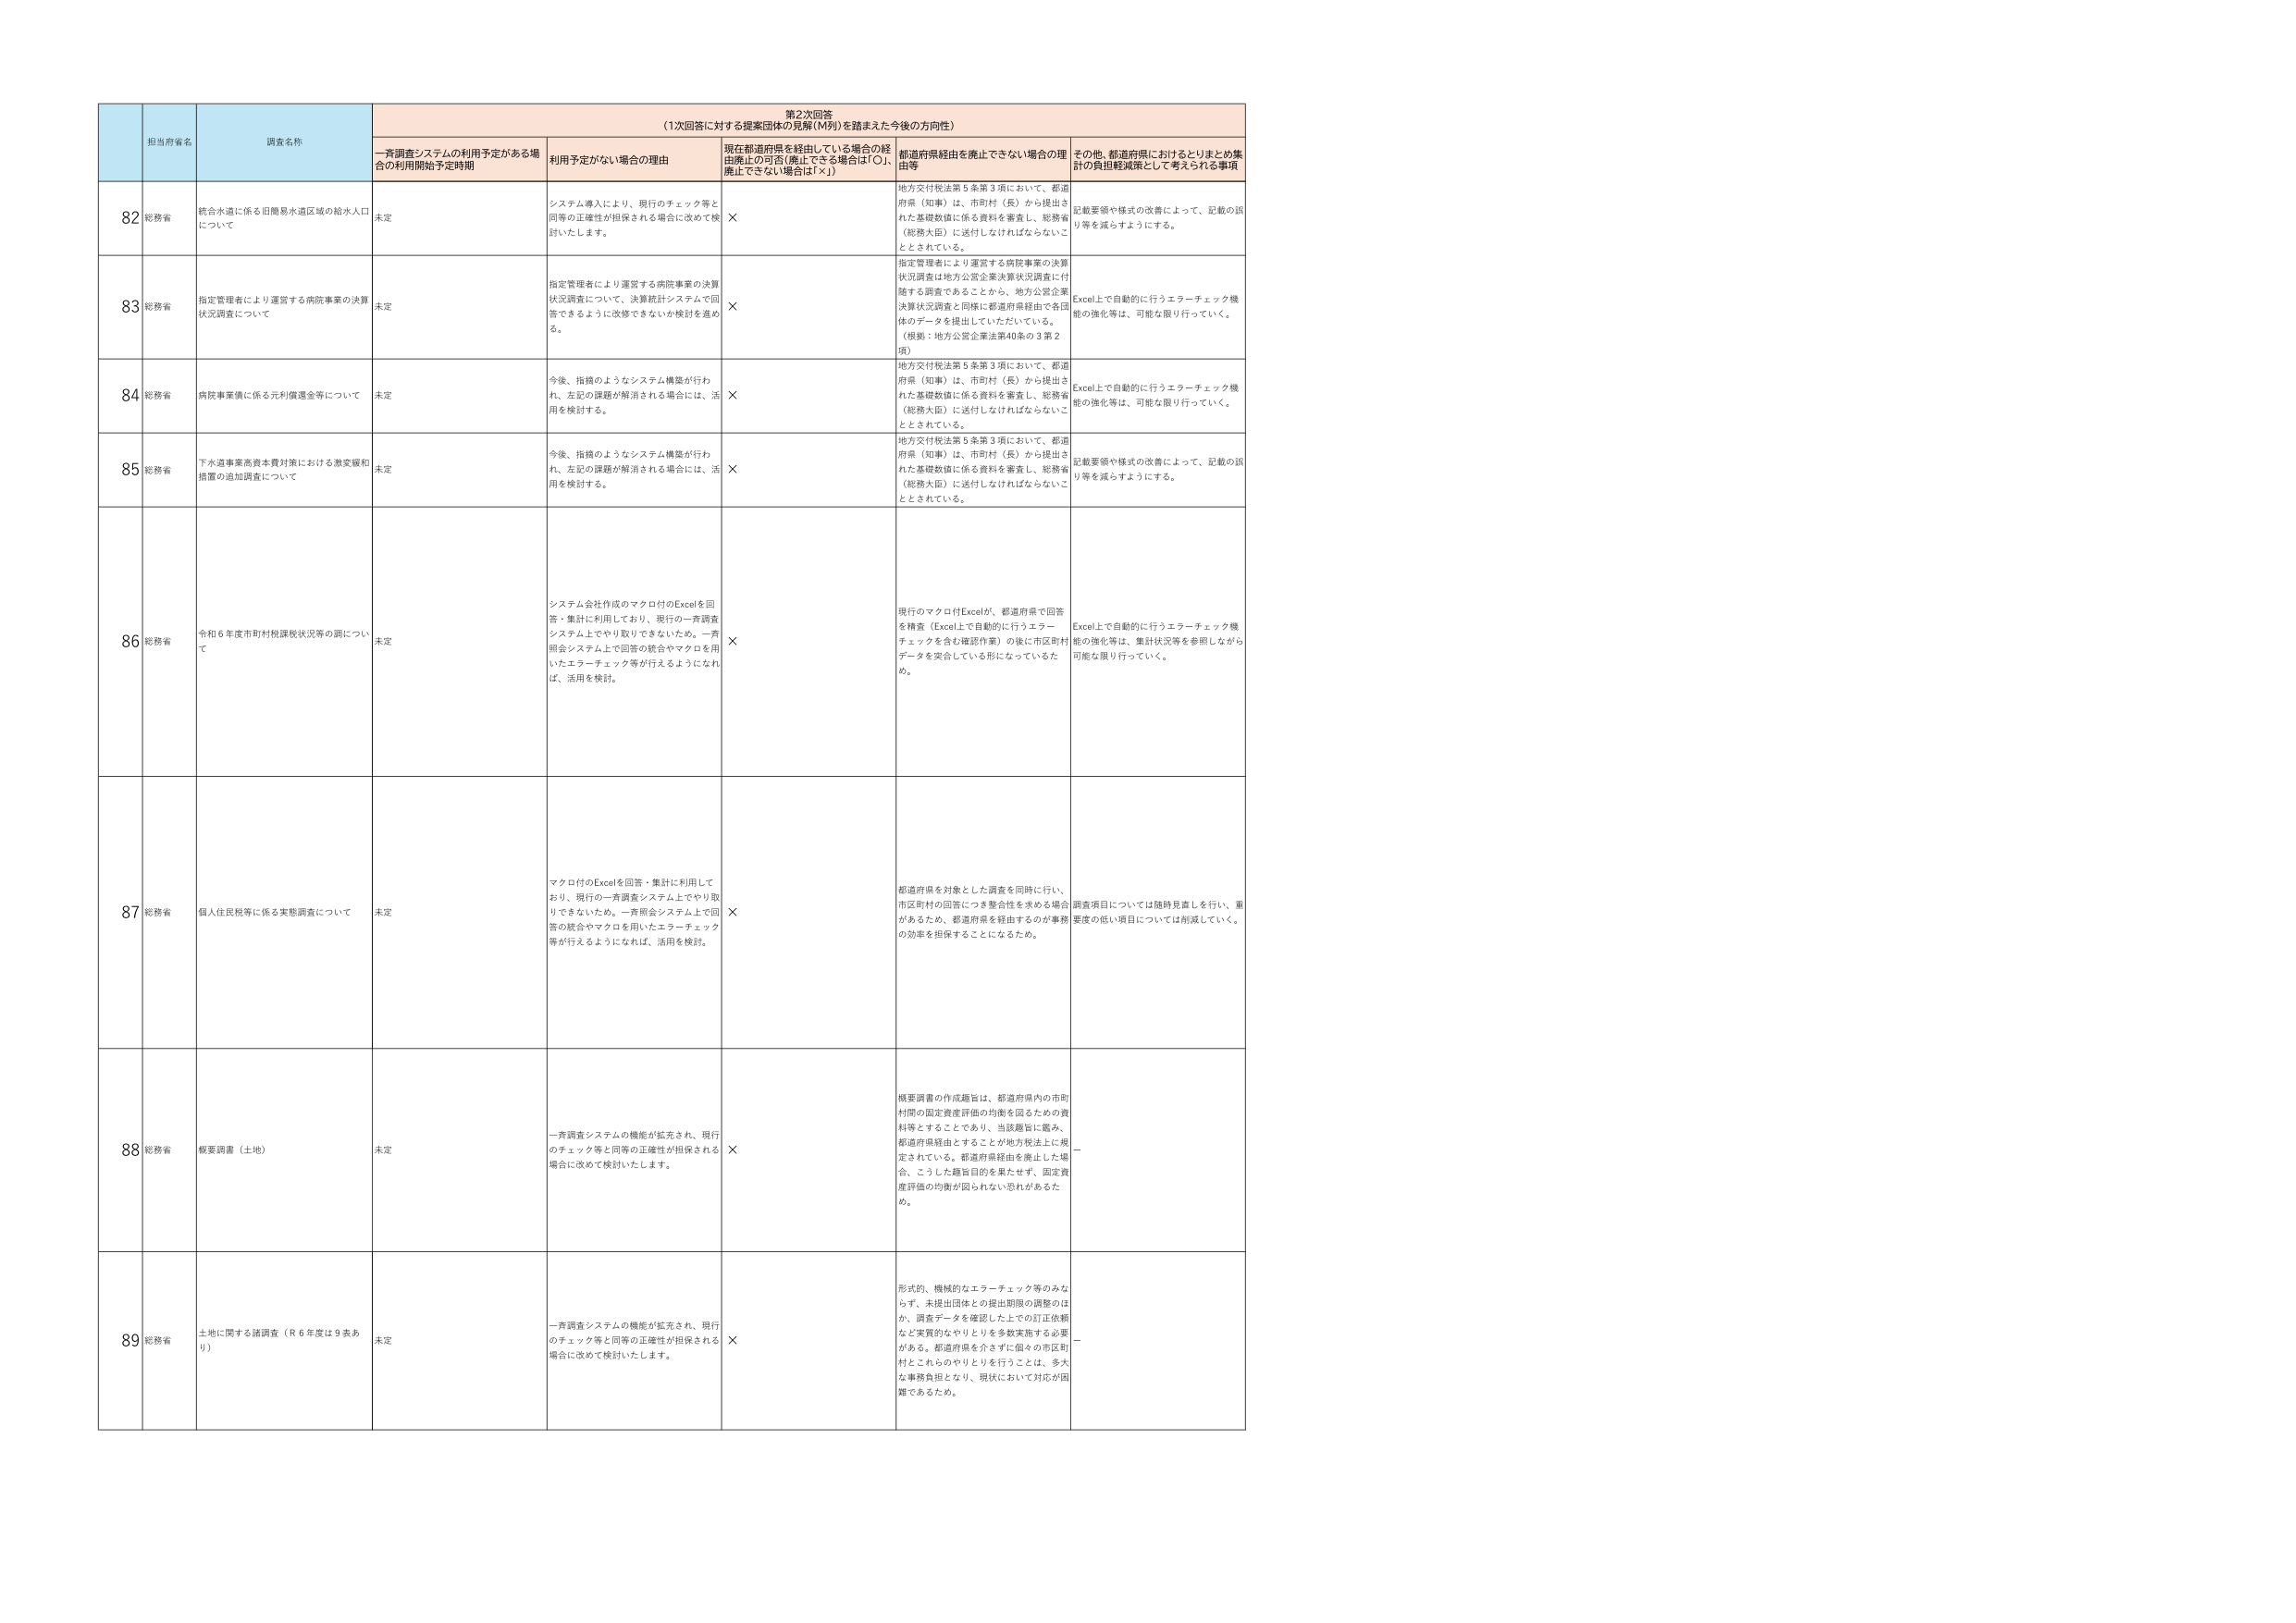
第2次回答
（1次回答に対する提案団体の見解（M列）を踏まえた今後の方向性）

担当府省名
調査名称
一斉調査システムの利用予定がある場合の利用開始予定時期
利用予定がない場合の理由
現在都道府県を経由している場合の経由廃止の可否（廃止できる場合は「○」、廃止できない場合は「×」）
都道府県経由を廃止できない場合の理由等
その他、都道府県におけるとりまとめ集計の負担軽減策として考えられる事項

82
総務省
統合水道に係る旧簡易水道区域の給水人口について
未定
システム導入により、現行のチェック等と同等の正確性が担保される場合に改めて検討いたします。
×
地方交付税法第5条第3項において、都道府県（知事）は、市町村（長）から提出された基礎数値に係る資料を審査し、総務省（総務大臣）に送付しなければならないこととされている。
記載要領や様式の改善によって、記載の誤り等を減らすようにする。

83
総務省
指定管理者により運営する病院事業の決算状況調査について
未定
指定管理者により運営する病院事業の決算状況調査について、決算統計システムで回答できるように改修できないか検討を進める。
×
指定管理者により運営する病院事業の決算状況調査は地方公営企業決算状況調査に付随する調査であることから、地方公営企業決算状況調査と同様に都道府県経由で各団体のデータを提出していただいている。
（根拠：地方公営企業法第40条の3第2項）
Excel上で自動的に行うエラーチェック機能の強化等は、可能な限り行っていく。

84
総務省
病院事業債に係る元利償還金等について
未定
今後、指摘のようなシステム構築が行われ、左記の課題が解消される場合には、活用を検討する。
×
地方交付税法第5条第3項において、都道府県（知事）は、市町村（長）から提出された基礎数値に係る資料を審査し、総務省（総務大臣）に送付しなければならないこととされている。
Excel上で自動的に行うエラーチェック機能の強化等は、可能な限り行っていく。

85
総務省
下水道事業高資本費対策における激変緩和措置の追加調査について
未定
今後、指摘のようなシステム構築が行われ、左記の課題が解消される場合には、活用を検討する。
×
地方交付税法第5条第3項において、都道府県（知事）は、市町村（長）から提出された基礎数値に係る資料を審査し、総務省（総務大臣）に送付しなければならないこととされている。
記載要領や様式の改善によって、記載の誤り等を減らすようにする。

86
総務省
令和6年度市町村税課税状況等の調について
未定
システム会社作成のマクロ付のExcelを回答・集計に利用しており、現行の一斉調査システム上でやり取りできないため。一斉照会システム上で回答の統合やマクロを用いたエラーチェック等が行えるようになれば、活用を検討。
×
現行のマクロ付Excelが、都道府県で回答を精査（Excel上で自動的に行うエラーチェックを含む確認作業）の後に市区町村データを突合している形になっているため。
Excel上で自動的に行うエラーチェック機能の強化等は、集計状況等を参照しながら可能な限り行っていく。

87
総務省
個人住民税等に係る実態調査について
未定
マクロ付のExcelを回答・集計に利用しており、現行の一斉調査システム上でやり取りできないため。一斉照会システム上で回答の統合やマクロを用いたエラーチェック等が行えるようになれば、活用を検討。
×
都道府県を対象とした調査を同時に行い、市区町村の回答につき整合性を求める場合があるため、都道府県経由を経由するのが事務の効率を担保することになるため。
調査項目については随時見直しを行い、重要度の低い項目については削減していく。

88
総務省
概要調査（土地）
未定
一斉調査システムの機能が拡充され、現行のチェック等と同等の正確性が担保される場合に改めて検討いたします。
×
概要調査の作成趣旨は、都道府県内の市町村間の固定資産評価の均衡を図るための資料等とすることであり、当該趣旨に鑑み、都道府県経由とすることが地方税法上に規定されている。都道府県経由を廃止した場合、こうした趣旨目的を果たせず、固定資産評価の均衡が図られない恐れがあるため。
—

89
総務省
土地に関する諸調査（R6年度は9表あり）
未定
一斉調査システムの機能が拡充され、現行のチェック等と同等の正確性が担保される場合に改めて検討いたします。
×
形式的、機械的なエラーチェック等のみならず、未提出団体との提出期限の調整のほか、調査データを確認した上での訂正依頼など実質的なやりとりを多数実施する必要がある。都道府県を介さずに個々の市区町村とこれらのやりとりを行うことは、多大な事務負担となり、現状において対応が困難であるため。
—